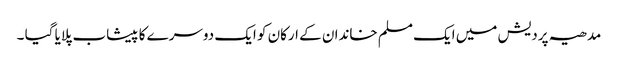
مدھیہ پردیش میں ایک مسلم خاندان کے ارکان کو ایک دوسرے کا پیشاب پلایا گیا ۔